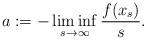
\begin{align*} a := -\liminf_{s\to \infty} \frac{f(x_s)}{s}.\end{align*}